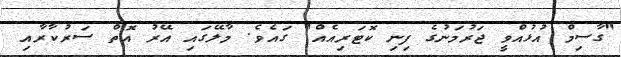
"ގާސިމް އުޅުއްވީ ޖަރުމަނުގެ ފިނި ކޮޓަރިއެއް" ގައެވެ. މާލޭގައި އޭރު އޮތް ސަރުކާރާއި